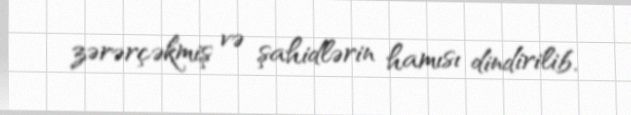
zərərçəkmiş və şahidlərin hamısı dindirilib.